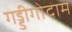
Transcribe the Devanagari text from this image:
गड्डीगोदाम